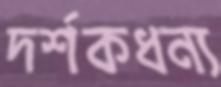
দর্শকধন্য